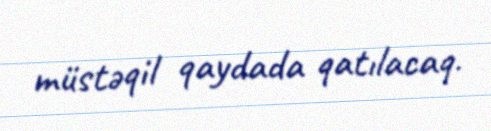
müstəqil qaydada qatılacaq.